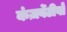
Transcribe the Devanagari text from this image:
कंज़र्वेटीवों